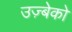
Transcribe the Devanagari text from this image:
उज़्बेको